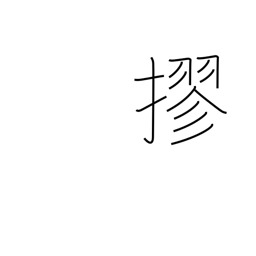
Meaning: tie into a bundle